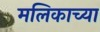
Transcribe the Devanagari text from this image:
मलिकाच्या